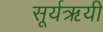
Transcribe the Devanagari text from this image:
सूर्यऋयी